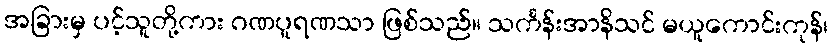
အခြားမှ ပင့်သူတို့ကား ဂဏပူရဏသာ ဖြစ်သည်။ သင်္ကန်းအာနိသင် မယူကောင်းကုန်၊